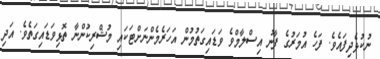
ނުކުޅެދިފައެވެ. ފަހެ އުމަރުގެ ފާނު އިސްލާމްވެ ވަޑައިގަތުމުން އަހަރެމެންނަށްޓަކައި މުޝްރިކުންނާ ތޮޅިވަޑައިގަތެވެ. އަދި